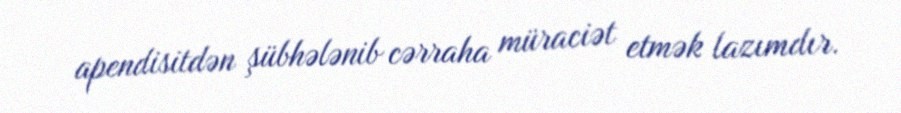
apendisitdən şübhələnib cərraha müraciət etmək lazımdır.